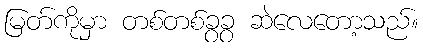
မြတ်ကိုမှာ တစ်တစ်ခွခွ ဆဲလေတော့သည်။